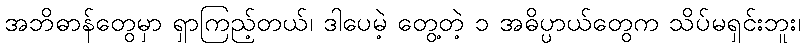
အဘိဓာန်တွေမှာ ရှာကြည့်တယ်၊ ဒါပေမဲ့ တွေ့တဲ့ ၁ အဓိပ္ပာယ်တွေက သိပ်မရှင်းဘူး၊